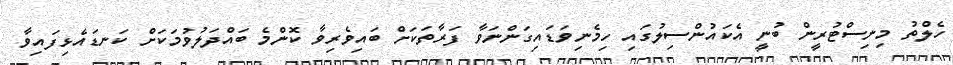
ހެލްތު މިނިސްޓުރީން ބުނީ އެކައުންސިލުގައި ހިމެނިވަޑައިގަންނަވާ ފަރާތަކަށް ބައިވެރިވާ ކޮންމެ ބައްދަލުވުމަކަށް ކަނޑައެޅިފައިވާ